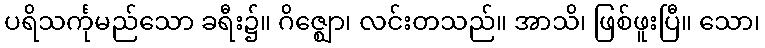
ပရိသင်္ကုမည်သော ခရီး၌။ ဂိဇ္ဈော၊ လင်းတသည်။ အာသိ၊ ဖြစ်ဖူးပြီ။ သော၊